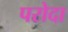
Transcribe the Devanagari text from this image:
परोदा